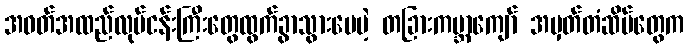
အဝတ်အထည်လုပ်ငန်းကြီးတွေထွက်ခွာသွားပေမဲ့ တခြားကမ္ဘာကျော် အမှတ်တံဆိပ်တွေက